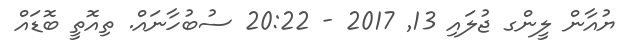
ޔުއާން ލީންގ ޖުލައި 13